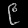
Digit: ၉